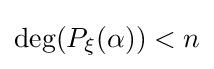
\deg(P_{\xi }(\alpha ))<n